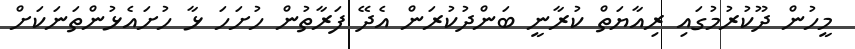
މީހުން ދޫކުރުމުގައި ރިއާޔަތް ކުރާނީ ބަންދުކުރަން އެދޭ ފަރާތުން ހުށަހަ ޅާ ހުށައެޅުންތަނަކަށް